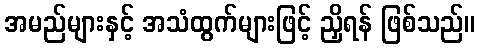
အမည်များနှင့် အသံထွက်များဖြင့် ညှိရန် ဖြစ်သည်။